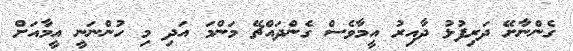
ގެންނާށޭ ދަރިފުޅު ދާއިރު އީމާވެސް ގެންދައްޗޭ މަންމަ އަދި މި ހުންނަނީ އީމާއަށް